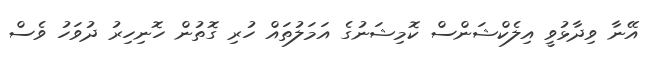
އޭނާ ވިދާޅުވީ އިލެކްޝަންސް ކޮމިޝަނުގެ އަމަލުތައް ހުރި ގޮތުން ހޮނިހިރު ދުވަހު ވެސް